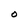
Character: O